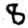
Digit: 8